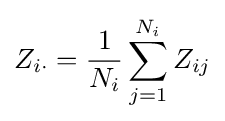
Z_{i\cdot }={\frac {1}{N_{i}}}\sum _{j=1}^{N_{i}}Z_{ij}